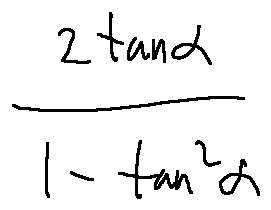
\frac { 2 \tan \alpha } { 1 - \tan ^ { 2 } \alpha }